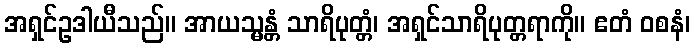
အရှင်ဥဒါယီသည်။ အာယသ္မန္တံ သာရိပုတ္တံ၊ အရှင်သာရိပုတ္တရာကို။ ဧတံ ဝစနံ၊